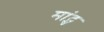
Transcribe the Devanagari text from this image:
मांट्स